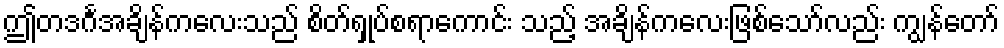
ဤတဒင်္ဂအချိန်ကလေးသည် စိတ်ရှုပ်စရာကောင်း သည့် အချိန်ကလေးဖြစ်သော်လည်း ကျွန်တော်